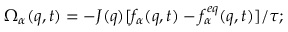
\Omega _ { \alpha } ( { q } , t ) = - J ( { q } ) [ f _ { \alpha } ( { q } , t ) - f _ { \alpha } ^ { e q } ( { q } , t ) ] / \tau ; \; \;